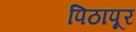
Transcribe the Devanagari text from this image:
पिठापूर